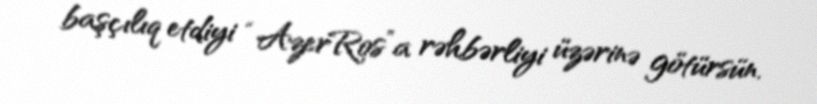
başçılıq etdiyi “AzerRos”a rəhbərliyi üzərinə götürsün.